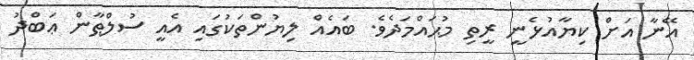
އޭނާ އަށް ކިޔާއުޅެނީ ރީތި މުޙައްމަދެވެ. ބައެއް ލިޔުންތަކުގައި އެއީ ސުލްޠާން ޢަބްދު